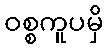
ဝစ္စကူပမှိ